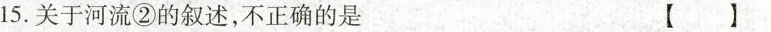
15.关于河流②的叙述，不正确的是[ ]